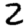
Digit: 2